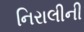
નિરાલીની